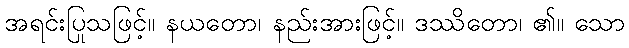
အရင်းပြုသဖြင့်။ နယတော၊ နည်းအားဖြင့်။ ဒဿိတော၊ ၏။ သော